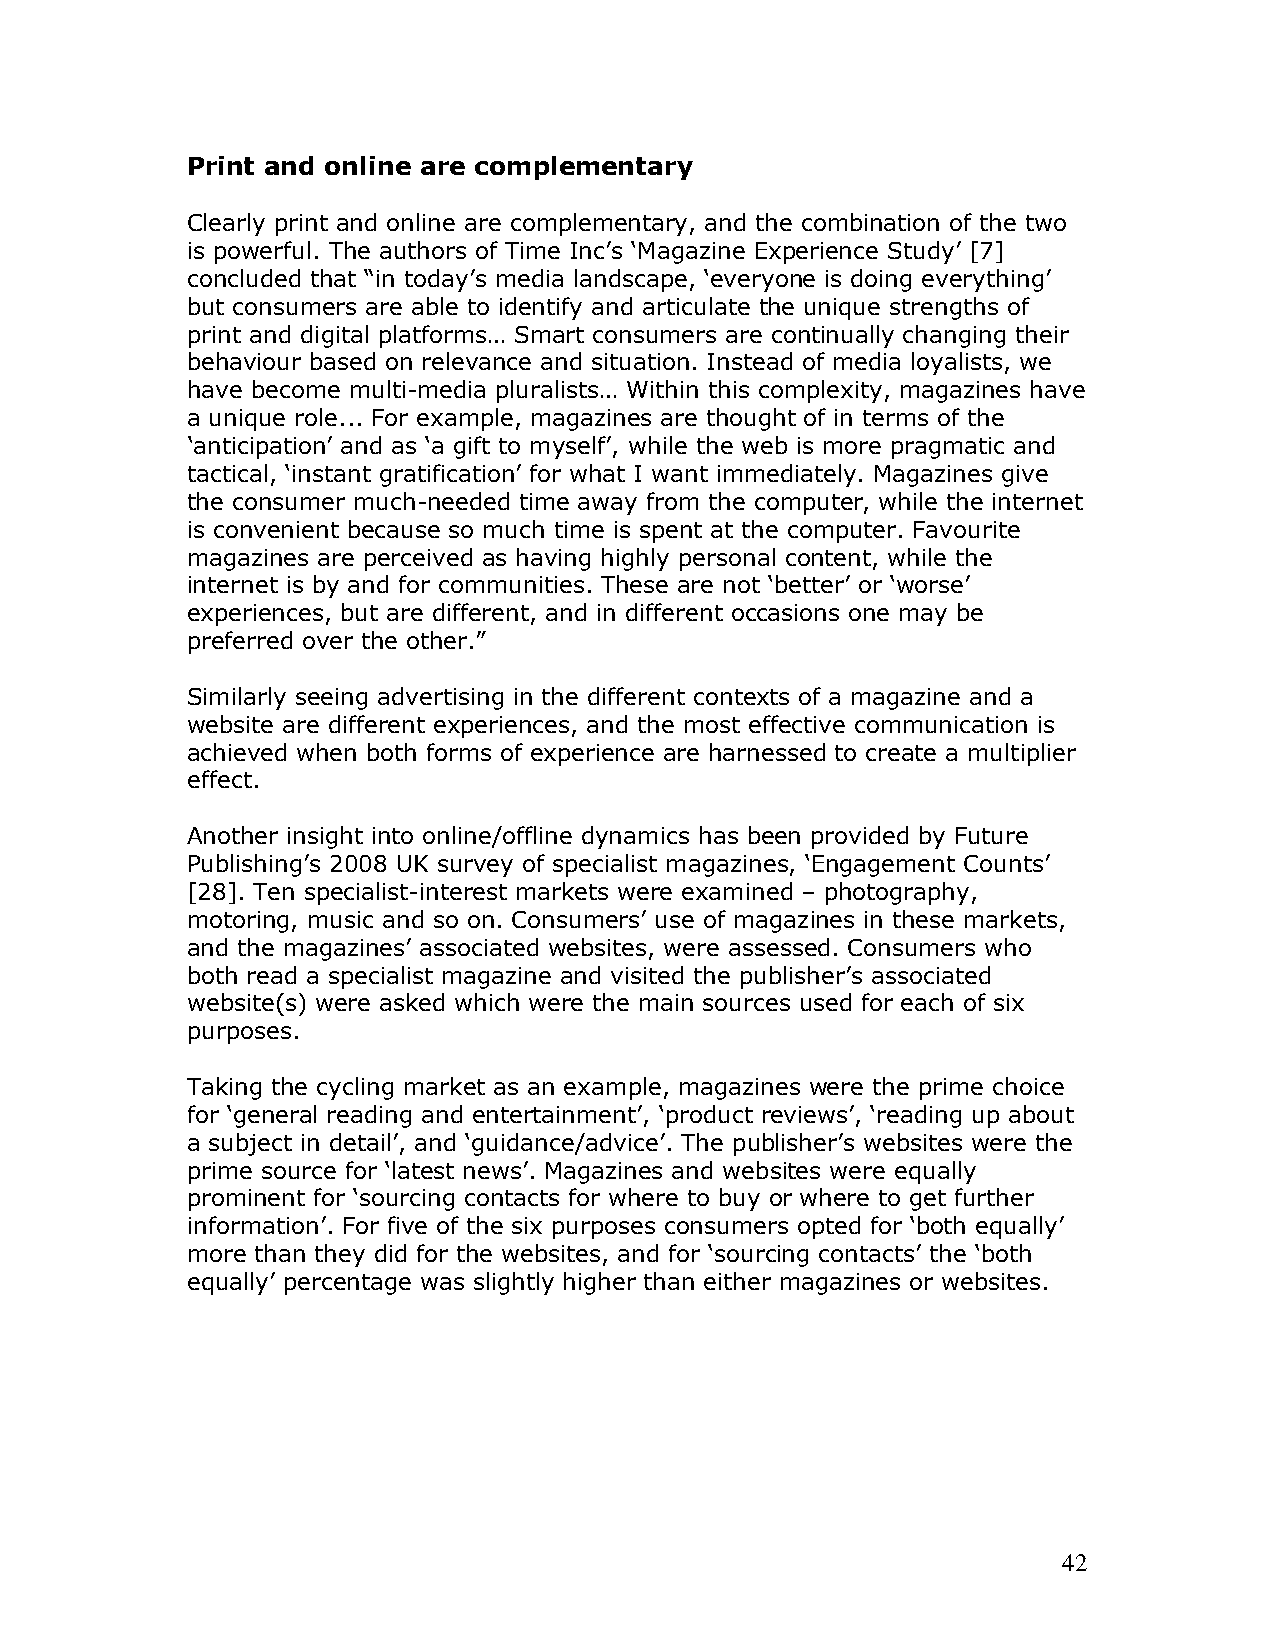
Print and online are complementary
 Clearly print and online are complementary, and the combination of the two
 is powerful. The authors of Time Inc’s ‘Magazine Experience Study’ [7]
 concluded that “in today’s media landscape, ‘everyone is doing everything’
 but consumers are able to identify and articulate the unique strengths of
 print and digital platforms… Smart consumers are continually changing their
 behaviour based on relevance and situation. Instead of media loyalists, we
 have become multi-media pluralists… Within this complexity, magazines have
 a unique role... For example, magazines are thought of in terms of the
 ‘anticipation’ and as ‘a gift to myself’, while the web is more pragmatic and
 tactical, ‘instant gratification’ for what I want immediately. Magazines give
 the consumer much-needed time away from the computer, while the internet
 is convenient because so much time is spent at the computer. Favourite
 magazines are perceived as having highly personal content, while the
 internet is by and for communities. These are not ‘better’ or ‘worse’
 experiences, but are different, and in different occasions one may be
 preferred over the other.”
 Similarly seeing advertising in the different contexts of a magazine and a
 website are different experiences, and the most effective communication is
 achieved when both forms of experience are harnessed to create a multiplier
 effect.
 Another insight into online/offline dynamics has been provided by Future
 Publishing’s 2008 UK survey of specialist magazines, ‘Engagement Counts’
 [28]. Ten specialist-interest markets were examined – photography,
 motoring, music and so on. Consumers’ use of magazines in these markets,
 and the magazines’ associated websites, were assessed. Consumers who
 both read a specialist magazine and visited the publisher’s associated
 website(s) were asked which were the main sources used for each of six
 purposes.
 Taking the cycling market as an example, magazines were the prime choice
 for ‘general reading and entertainment’, ‘product reviews’, ‘reading up about
 a subject in detail’, and ‘guidance/advice’. The publisher’s websites were the
 prime source for ‘latest news’. Magazines and websites were equally
 prominent for ‘sourcing contacts for where to buy or where to get further
 information’. For five of the six purposes consumers opted for ‘both equally’
 more than they did for the websites, and for ‘sourcing contacts’ the ‘both
 equally’ percentage was slightly higher than either magazines or websites.
 42